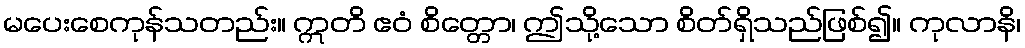
မပေးစေကုန်သတည်း။ ဣတိ ဧဝံ စိတ္တော၊ ဤသို့သော စိတ်ရှိသည်ဖြစ်၍။ ကုလာနိ၊